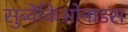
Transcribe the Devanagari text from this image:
सुब्वेंकिओनाडस